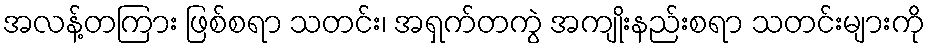
အလန့်တကြား ဖြစ်စရာ သတင်း၊ အရှက်တကွဲ အကျိုးနည်းစရာ သတင်းများကို